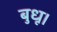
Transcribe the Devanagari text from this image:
बुधू।